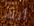
أنك